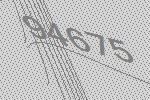
94675